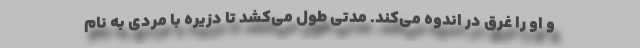
و او را غرق در اندوه می‌کند. مدتی طول می‌کشد تا دزیره با مردی به نام